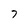
Character: 7